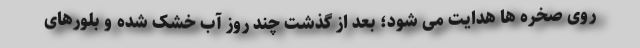
روی صخره ها هدایت می شود؛ بعد از گذشت چند روز آب خشک شده و بلورهای